Document type: Grant of rights
Year: 1280
Scribe: Pere Marc
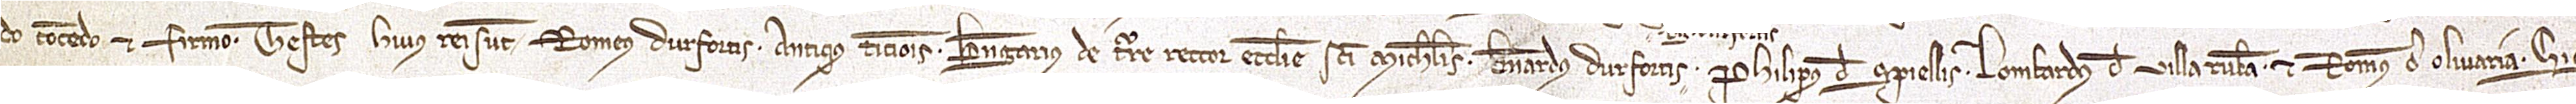
do, concedo et firmo.  Testes huius rei sunt: Romeus Durfortis, Antiqus Ticionis, Berengarius de Turre, rector ecclesie Sancti Michaelis, Bernardus Durfortis, Berengarius Durfortis,  Philipus de Spiellis, Lombardus de Villa Rubea et Romeus de Olivaria. Sig